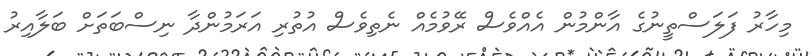
މިހާރު ފަލަސްތީނުގެ އާންމުން އެއްވެސް ރޭވުމެއް ނެތިވެސް އުތުރި އަރަމުންދާ ނިސްބަތަށް ބަލާއިރު